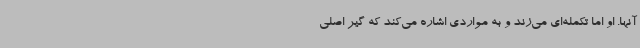
آنها. او اما تکمله‌ای می‌زند و به مواردی اشاره می‌کند که گیر اصلی